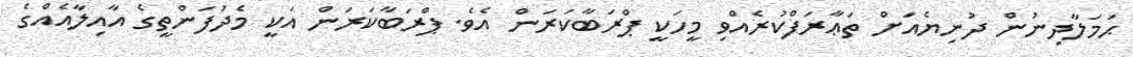
ޙަމަލާދިނުން ދުނިޔެއަށް ތަޢާރަފްކުރެއްވި މީހަކީ ޕްރަބާކަރަން އެވެ. ޕްރަބާކަރަން އަކީ މެދުފަންތީގެ އާއިލާއެއްގެ